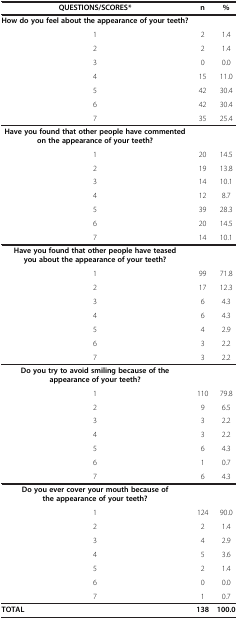
<table><thead><tr><td><b>QUESTIONS/SCORES*</b></td><td><b>n</b></td><td><b>%</b></td></tr></thead><tbody><tr><td><b>How do you feel about the appearance of your teeth?</b></td><td> </td><td> </td></tr><tr><td>1</td><td>2</td><td>1.4</td></tr><tr><td>2</td><td>2</td><td>1.4</td></tr><tr><td>3</td><td>0</td><td>0.0</td></tr><tr><td>4</td><td>15</td><td>11.0</td></tr><tr><td>5</td><td>42</td><td>30.4</td></tr><tr><td>6</td><td>42</td><td>30.4</td></tr><tr><td>7</td><td>35</td><td>25.4</td></tr><tr><td><b>Have you found that other people have commented on the appearance of your teeth?</b></td><td> </td><td> </td></tr><tr><td>1</td><td>20</td><td>14.5</td></tr><tr><td>2</td><td>19</td><td>13.8</td></tr><tr><td>3</td><td>14</td><td>10.1</td></tr><tr><td>4</td><td>12</td><td>8.7</td></tr><tr><td>5</td><td>39</td><td>28.3</td></tr><tr><td>6</td><td>20</td><td>14.5</td></tr><tr><td>7</td><td>14</td><td>10.1</td></tr><tr><td><b>Have you found that other people have teased you about the appearance of your teeth?</b></td><td> </td><td> </td></tr><tr><td>1</td><td>99</td><td>71.8</td></tr><tr><td>2</td><td>17</td><td>12.3</td></tr><tr><td>3</td><td>6</td><td>4.3</td></tr><tr><td>4</td><td>6</td><td>4.3</td></tr><tr><td>5</td><td>4</td><td>2.9</td></tr><tr><td>6</td><td>3</td><td>2.2</td></tr><tr><td>7</td><td>3</td><td>2.2</td></tr><tr><td><b>Do you try to avoid smiling because of the appearance of your teeth?</b></td><td> </td><td> </td></tr><tr><td>1</td><td>110</td><td>79.8</td></tr><tr><td>2</td><td>9</td><td>6.5</td></tr><tr><td>3</td><td>3</td><td>2.2</td></tr><tr><td>4</td><td>3</td><td>2.2</td></tr><tr><td>5</td><td>6</td><td>4.3</td></tr><tr><td>6</td><td>1</td><td>0.7</td></tr><tr><td>7</td><td>6</td><td>4.3</td></tr><tr><td><b>Do you ever cover your mouth because of the appearance of your teeth?</b></td><td> </td><td> </td></tr><tr><td>1</td><td>124</td><td>90.0</td></tr><tr><td>2</td><td>2</td><td>1.4</td></tr><tr><td>3</td><td>4</td><td>2.9</td></tr><tr><td>4</td><td>5</td><td>3.6</td></tr><tr><td>5</td><td>2</td><td>1.4</td></tr><tr><td>6</td><td>0</td><td>0.0</td></tr><tr><td>7</td><td>1</td><td>0.7</td></tr><tr><td><b>TOTAL</b></td><td><b>138</b></td><td><b>100.0</b></td></tr></tbody></table>